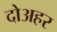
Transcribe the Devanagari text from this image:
दोअहर